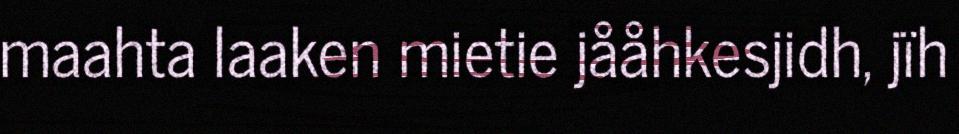
maahta laaken mietie jååhkesjidh, jïh